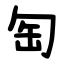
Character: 匋